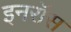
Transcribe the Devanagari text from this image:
इनरॉस